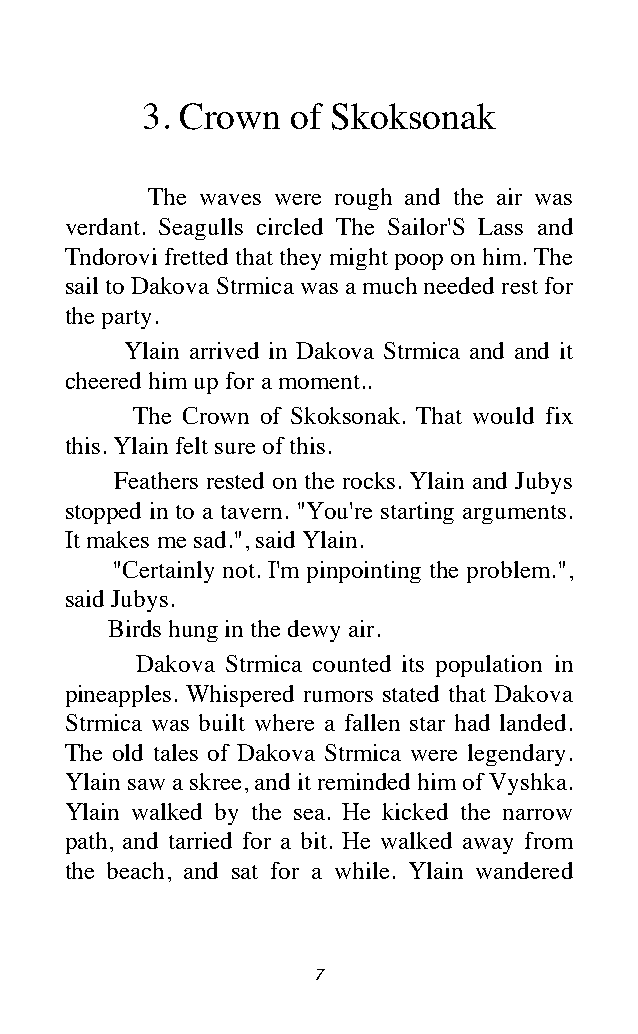
3. Crown  of Skoksonak
 The waves were rough and the air was
 verdant. Seagulls circled The Sailor'S Lass and
 Tndorovi fretted that they might poop on him. The
 sail to Dakova Strmica was a much needed rest for
 the party.
 Ylain arrived in Dakova Strmica and and it
 cheered him up for a moment..
 The Crown of Skoksonak. That would fix
 this. Ylain felt sure of this.
 Feathers rested on the rocks. Ylain and Jubys
 stopped in to a tavern. "You're starting arguments.
 It makes me sad.", said Ylain.
 "Certainly not. I'm pinpointing the problem.",
 said Jubys.
 Birds hung in the dewy air.
 Dakova Strmica counted its population in
 pineapples. Whispered rumors stated that Dakova
 Strmica was built where a fallen star had landed.
 The old tales of Dakova Strmica were legendary.
 Ylain saw a skree, and it reminded him of Vyshka.
 Ylain walked by the sea. He kicked the narrow
 path, and tarried for a bit. He walked away from
 the beach, and sat for a while. Ylain wandered
 7